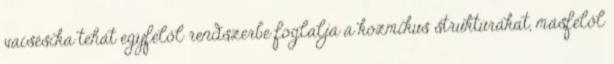
vaisésika tehát egyfelől rendszerbe foglalja a kozmikus struktúrákat, másfelől